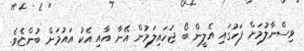
ވިސްނާލުމަށް ފަހުގައި އެލީން ބޯ ޖަހައިލަމުން އޭނާ އާއި އެކު އައުމަށް ބުންޏެވެ.